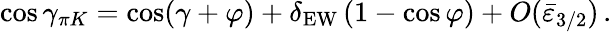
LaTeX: \cos\gamma_{\pi K}=\cos(\gamma+\varphi)+\delta_{\mathrm{EW}}\, (1-\cos\varphi)+O(\bar{\varepsilon}_{3/2})\, .